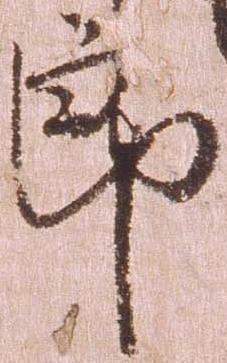
郎